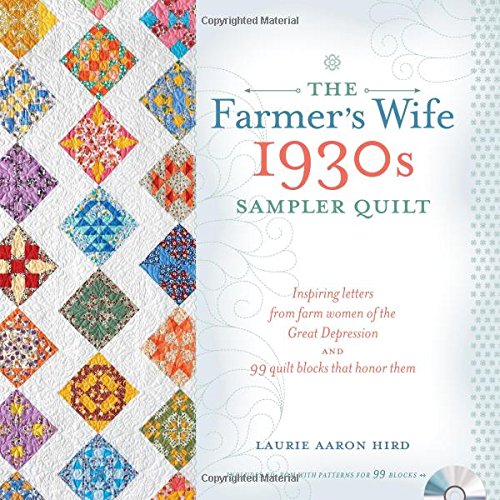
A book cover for The Farmer's Wife 1930s Sampler Quilt: Inspiring Letters from Farm Women of the Great Depression and 99 Quilt Blocks That Honor Them; Laurie Aaron Hird; Crafts, Hobbies & Home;